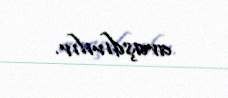
araşdırılır.